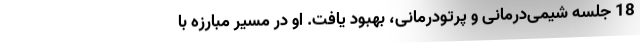
18 جلسه شیمی‌درمانی و پرتودرمانی، بهبود یافت. او در مسیر مبارزه با